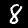
Label: 8